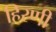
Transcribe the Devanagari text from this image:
हिरणी